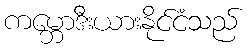
ကမ္ဘောဒီးယားနိုင်ငံသည်